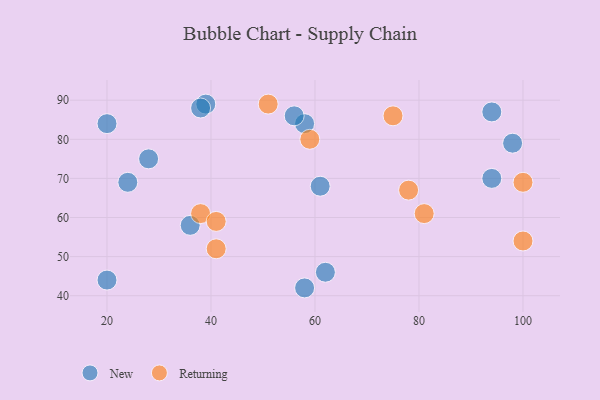
{"axis": {"x": "GDP", "y": "Life Expectancy"}, "legend": ["New", "Returning"], "data": [{"x": "39", "y": 89, "type": "New"}, {"x": "36", "y": 58, "type": "New"}, {"x": "38", "y": 88, "type": "New"}, {"x": "28", "y": 75, "type": "New"}, {"x": "24", "y": 69, "type": "New"}, {"x": "58", "y": 84, "type": "New"}, {"x": "20", "y": 44, "type": "New"}, {"x": "20", "y": 84, "type": "New"}, {"x": "62", "y": 46, "type": "New"}, {"x": "61", "y": 68, "type": "New"}, {"x": "98", "y": 79, "type": "New"}, {"x": "58", "y": 42, "type": "New"}, {"x": "56", "y": 86, "type": "New"}, {"x": "94", "y": 70, "type": "New"}, {"x": "94", "y": 87, "type": "New"}, {"x": "51", "y": 89, "type": "Returning"}, {"x": "59", "y": 80, "type": "Returning"}, {"x": "78", "y": 67, "type": "Returning"}, {"x": "38", "y": 61, "type": "Returning"}, {"x": "41", "y": 52, "type": "Returning"}, {"x": "100", "y": 54, "type": "Returning"}, {"x": "75", "y": 86, "type": "Returning"}, {"x": "100", "y": 69, "type": "Returning"}, {"x": "81", "y": 61, "type": "Returning"}, {"x": "41", "y": 59, "type": "Returning"}]}